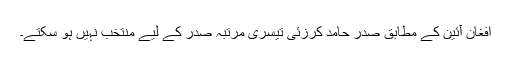
افغان آئین کے مطابق صدر حامد کرزئی تیسری مرتبہ صدر کے لیے منتخب نہیں ہو سکتے۔